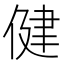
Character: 健